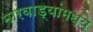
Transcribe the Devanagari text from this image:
मारवाड्यांमध्ये